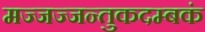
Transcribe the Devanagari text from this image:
मज्जज्जन्तुकदम्बकं